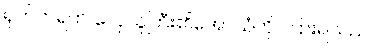
ရုတ်တရက် လှေသူကြီး၏အော်သံကို ကြားရသည်။